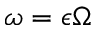
\omega = \epsilon \Omega